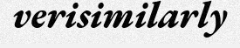
verisimilarly